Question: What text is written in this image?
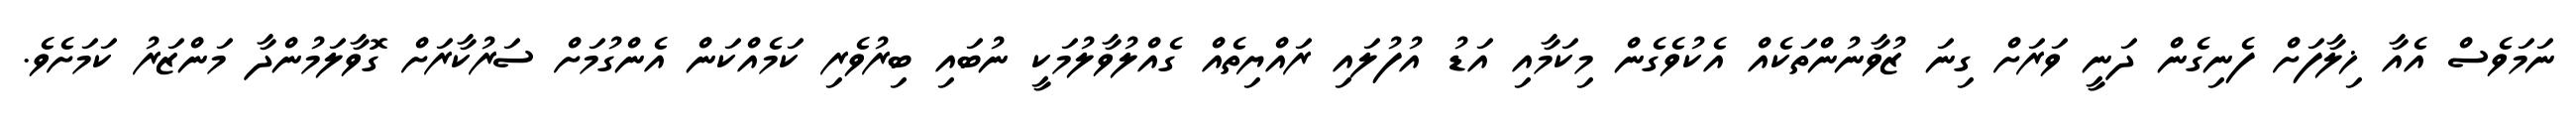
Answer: ނަމަވެސް އެއާ ޚިލާފަށް ފެނިގެން ދަނީ ވަރަށް ގިނަ ޒުވާނުންތަކެއް އެކުވެގެން މިކަމާއި އަޑު އުފުލައި ރައްޔިތެއް ގެއްލުވާލުމަކީ ނުބައި ބިރުވެރި ކަމެއްކަން އެންގުމަށް ސަރުކާރަށް ގޮވާލަމުންދާ މަންޒަރު ކަމަށެވެ.